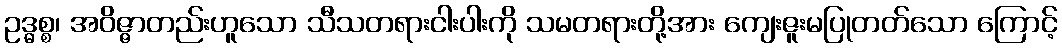
ဥဒ္ဓစ္စ၊ အဝိဇ္ဇာတည်းဟူသော သီသတရားငါးပါးကို သမတရားတို့အား ကျေးဇူးမပြုတတ်သော ကြောင့်